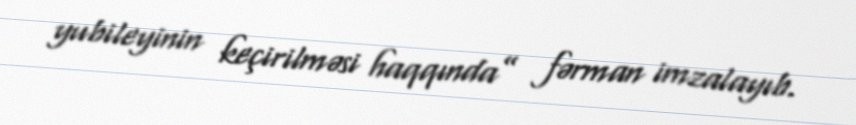
yubileyinin keçirilməsi haqqında” fərman imzalayıb.